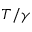
T / \gamma